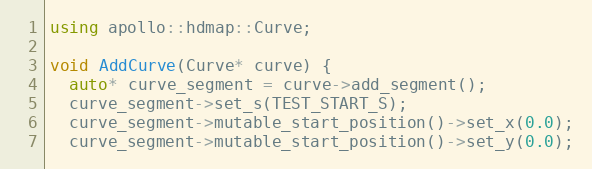
Language: C++
using apollo::hdmap::Curve;

void AddCurve(Curve* curve) {
  auto* curve_segment = curve->add_segment();
  curve_segment->set_s(TEST_START_S);
  curve_segment->mutable_start_position()->set_x(0.0);
  curve_segment->mutable_start_position()->set_y(0.0);